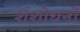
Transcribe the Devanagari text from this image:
शंशोधनों